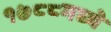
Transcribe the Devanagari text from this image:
१७८८मध्ये